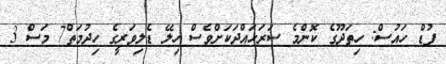
ފުޑް ހައުސް: ހިތަދޫގެ ކޮންމެ ސަރަހައްދަކަށްވެސް ހިލޭ ޑެލިވަރީގެ ހިދުމަތް7 މަސް 3